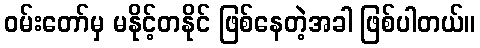
ဝမ်းတော်မှ မနိုင့်တနိုင် ဖြစ်နေတဲ့အခါ ဖြစ်ပါတယ်။